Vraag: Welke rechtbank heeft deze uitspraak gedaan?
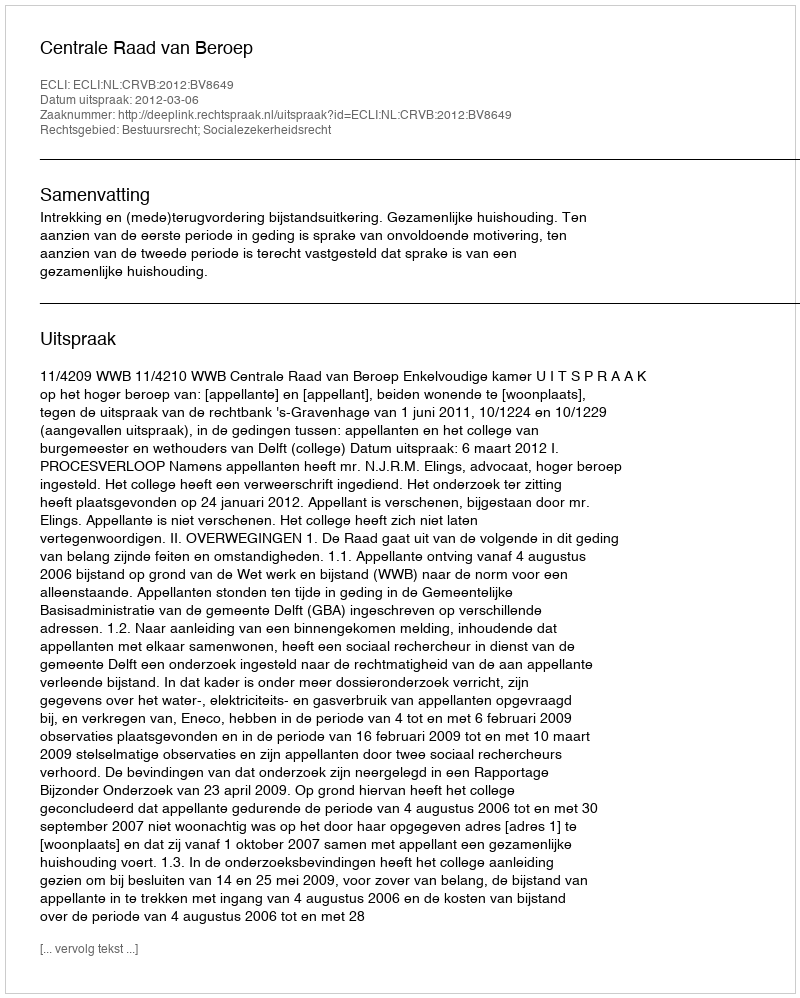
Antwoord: Centrale Raad van Beroep